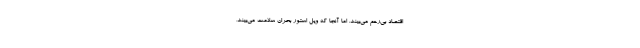
اقتصادِ بی‌رحم می‌بیند. اما آنجا که ویل استور بحران سلامت می‌بیند،